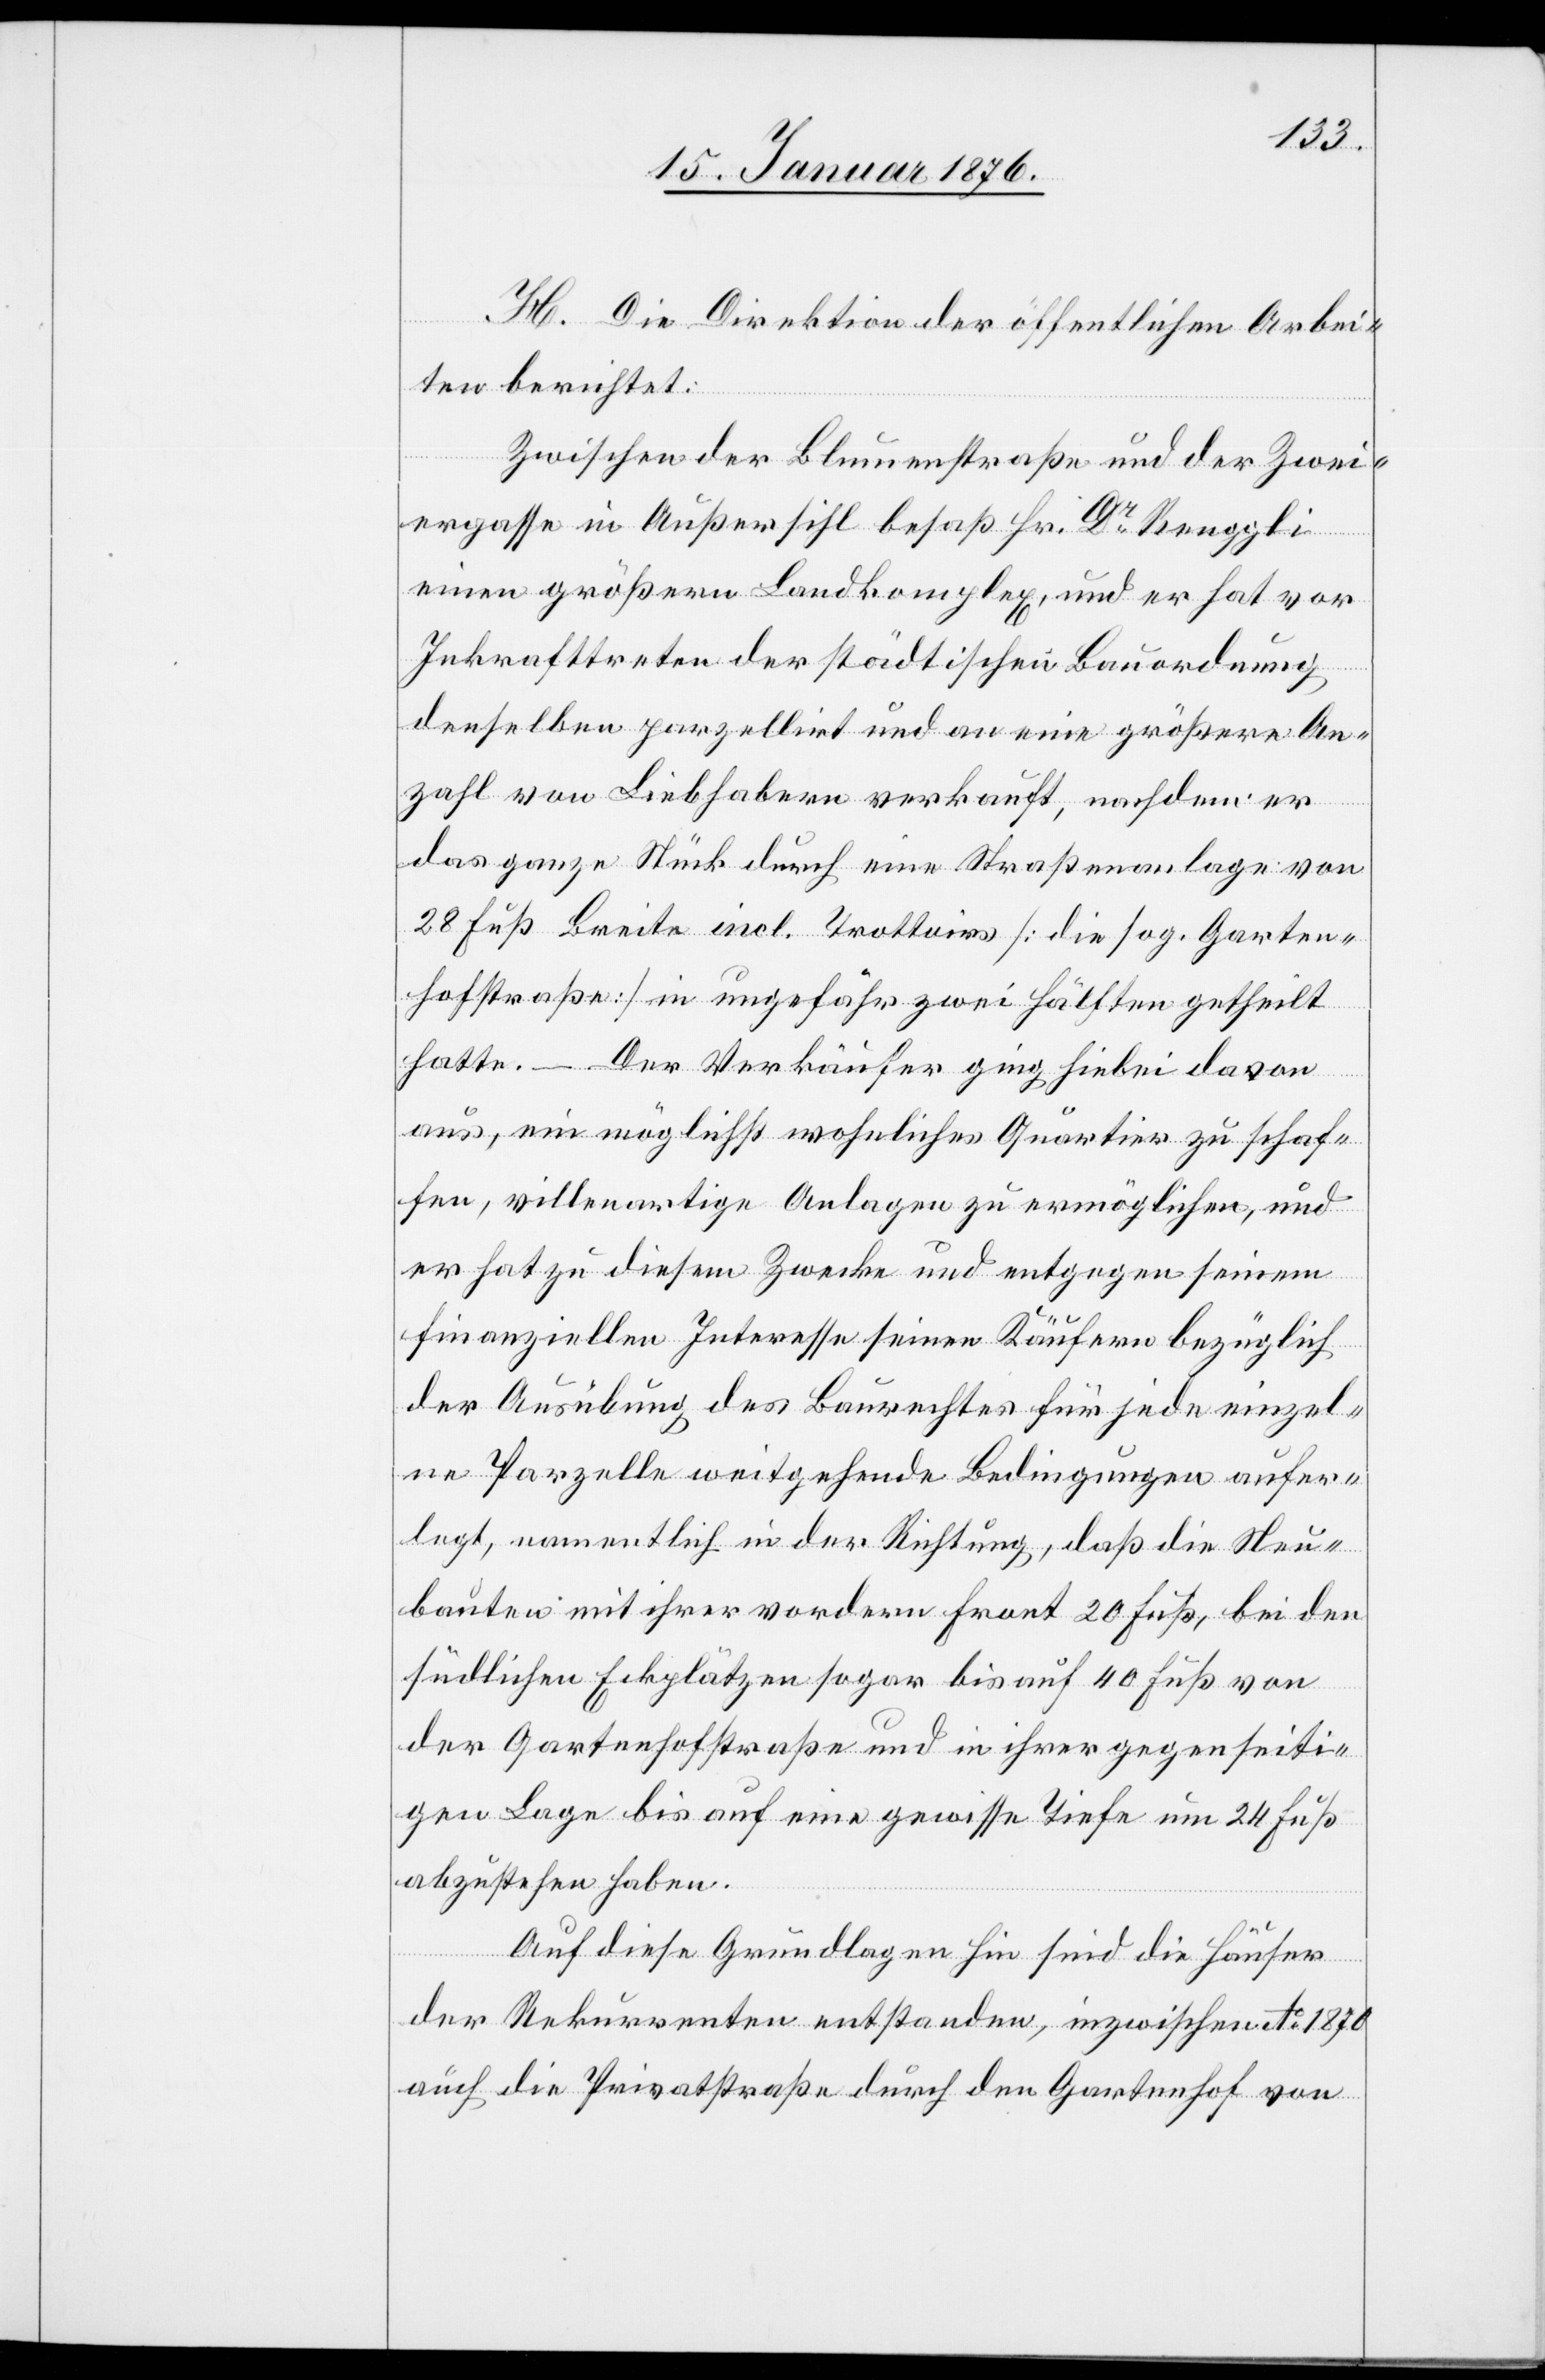
H. Die Direktion der öffentlichen Arbei¬
ten berichtet:
Zwischen der Blumenstraße und der Zwei¬
ergasse in Außersihl besaß Hr. Dr. Renggli
einen größern Landkomplex, und er hat vor
Inkrafttreten der städtischen Bauordnung
denselben parzellirt und an eine größere An¬
zahl von Liebhabern verkauft, nachdem er
das ganze Stück durch eine Straßenanlage von
28 Fuß Breite incl. Trottoirs [die sog. Garten¬
hofstraße] in ungefähr zwei Hälften getheilt
hatte. – Der Verkäufer ging hiebei davon
aus, ein möglichst wohnliches Quartier zu schaf¬
fen, villenartige Anlagen zu ermöglichen, und
er hat zu diesem Zwecke und entgegen seinem
finanziellen Interesse seinen Käufern bezüglich
der Ausübung des Baurechtes für jede einzel¬
ne Parzelle weitgehende Bedingungen aufer¬
legt, namentlich in der Richtung, daß die Neu¬
bauten mit ihrer vordern Front 20 Fuß, bei den
südlichen Eckplätzen sogar bis auf 40 Fuß von
der Gartenhofstraße und in ihrer gegenseiti¬
gen Lage bis auf eine gewisse Tiefe um 24 Fuß
abzustehen haben.
Auf diese Grundlagen hin sind di Häuser
der Rekurrenten entstanden, inzwischen Ao. 1870
auch die Privatstraße durch den Gartenhof von